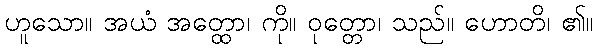
ဟူသော။ အယံ အတ္ထော၊ ကို။ ဝုတ္တော၊ သည်။ ဟောတိ၊ ၏။